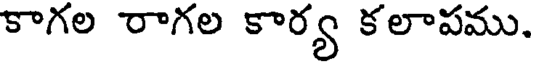
కాగల రాగల కార్య కలాపము.